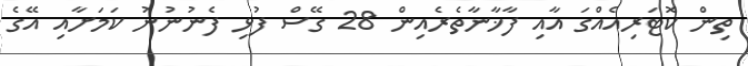
ތިން ކޮޓަރިއެއްގަ އާއި ފާޚާނާތެރެއިން 28 ގޭސް ފުޅި ފެނުނުނު ކަމަށާއި އޭގެ